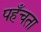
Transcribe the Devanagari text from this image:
पहँचता